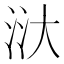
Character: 𣴘